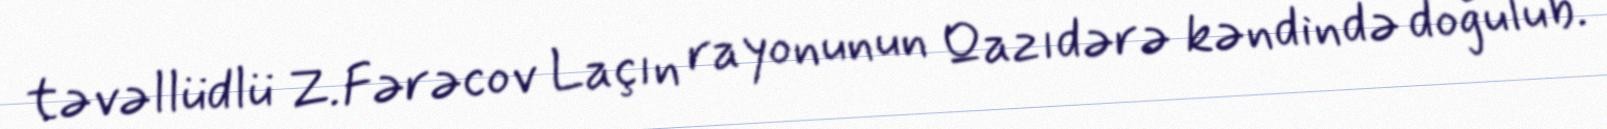
təvəllüdlü Z.Fərəcov Laçın rayonunun Qazıdərə kəndində doğulub.